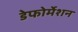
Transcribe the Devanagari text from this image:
डेफोर्मेशन